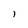
Character: i